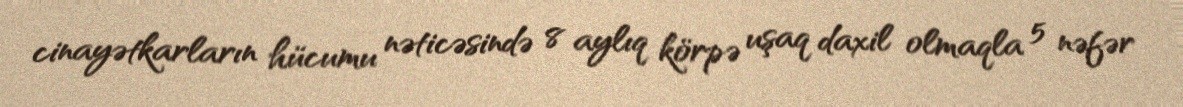
cinayətkarların hücumu nəticəsində 8 aylıq körpə uşaq daxil olmaqla 5 nəfər